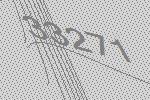
33271